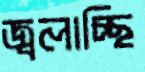
জ্বলাচ্ছি